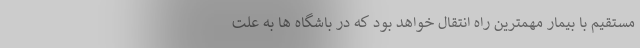
مستقیم با بیمار مهمترین راه انتقال خواهد بود که در باشگاه ها به علت